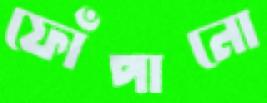
ফোঁপানো